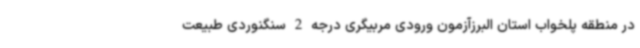
در منطقه پلخواب استان البرزآزمون ورودی مربیگری درجه 2 سنگنوردی طبیعت